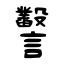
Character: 𧮙